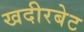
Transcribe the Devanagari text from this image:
खदीरबेट